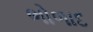
ભોળાદ